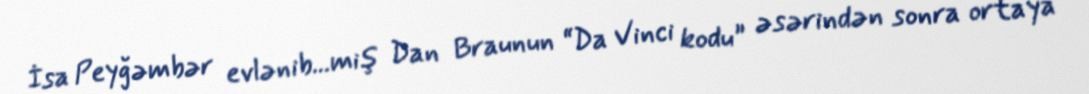
İsa Peyğəmbər evlənib...miş Dan Braunun “Da Vinci kodu” əsərindən sonra ortaya